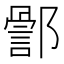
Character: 𮠊